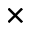
\times